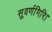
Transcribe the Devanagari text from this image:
सुवर्णगिरि।